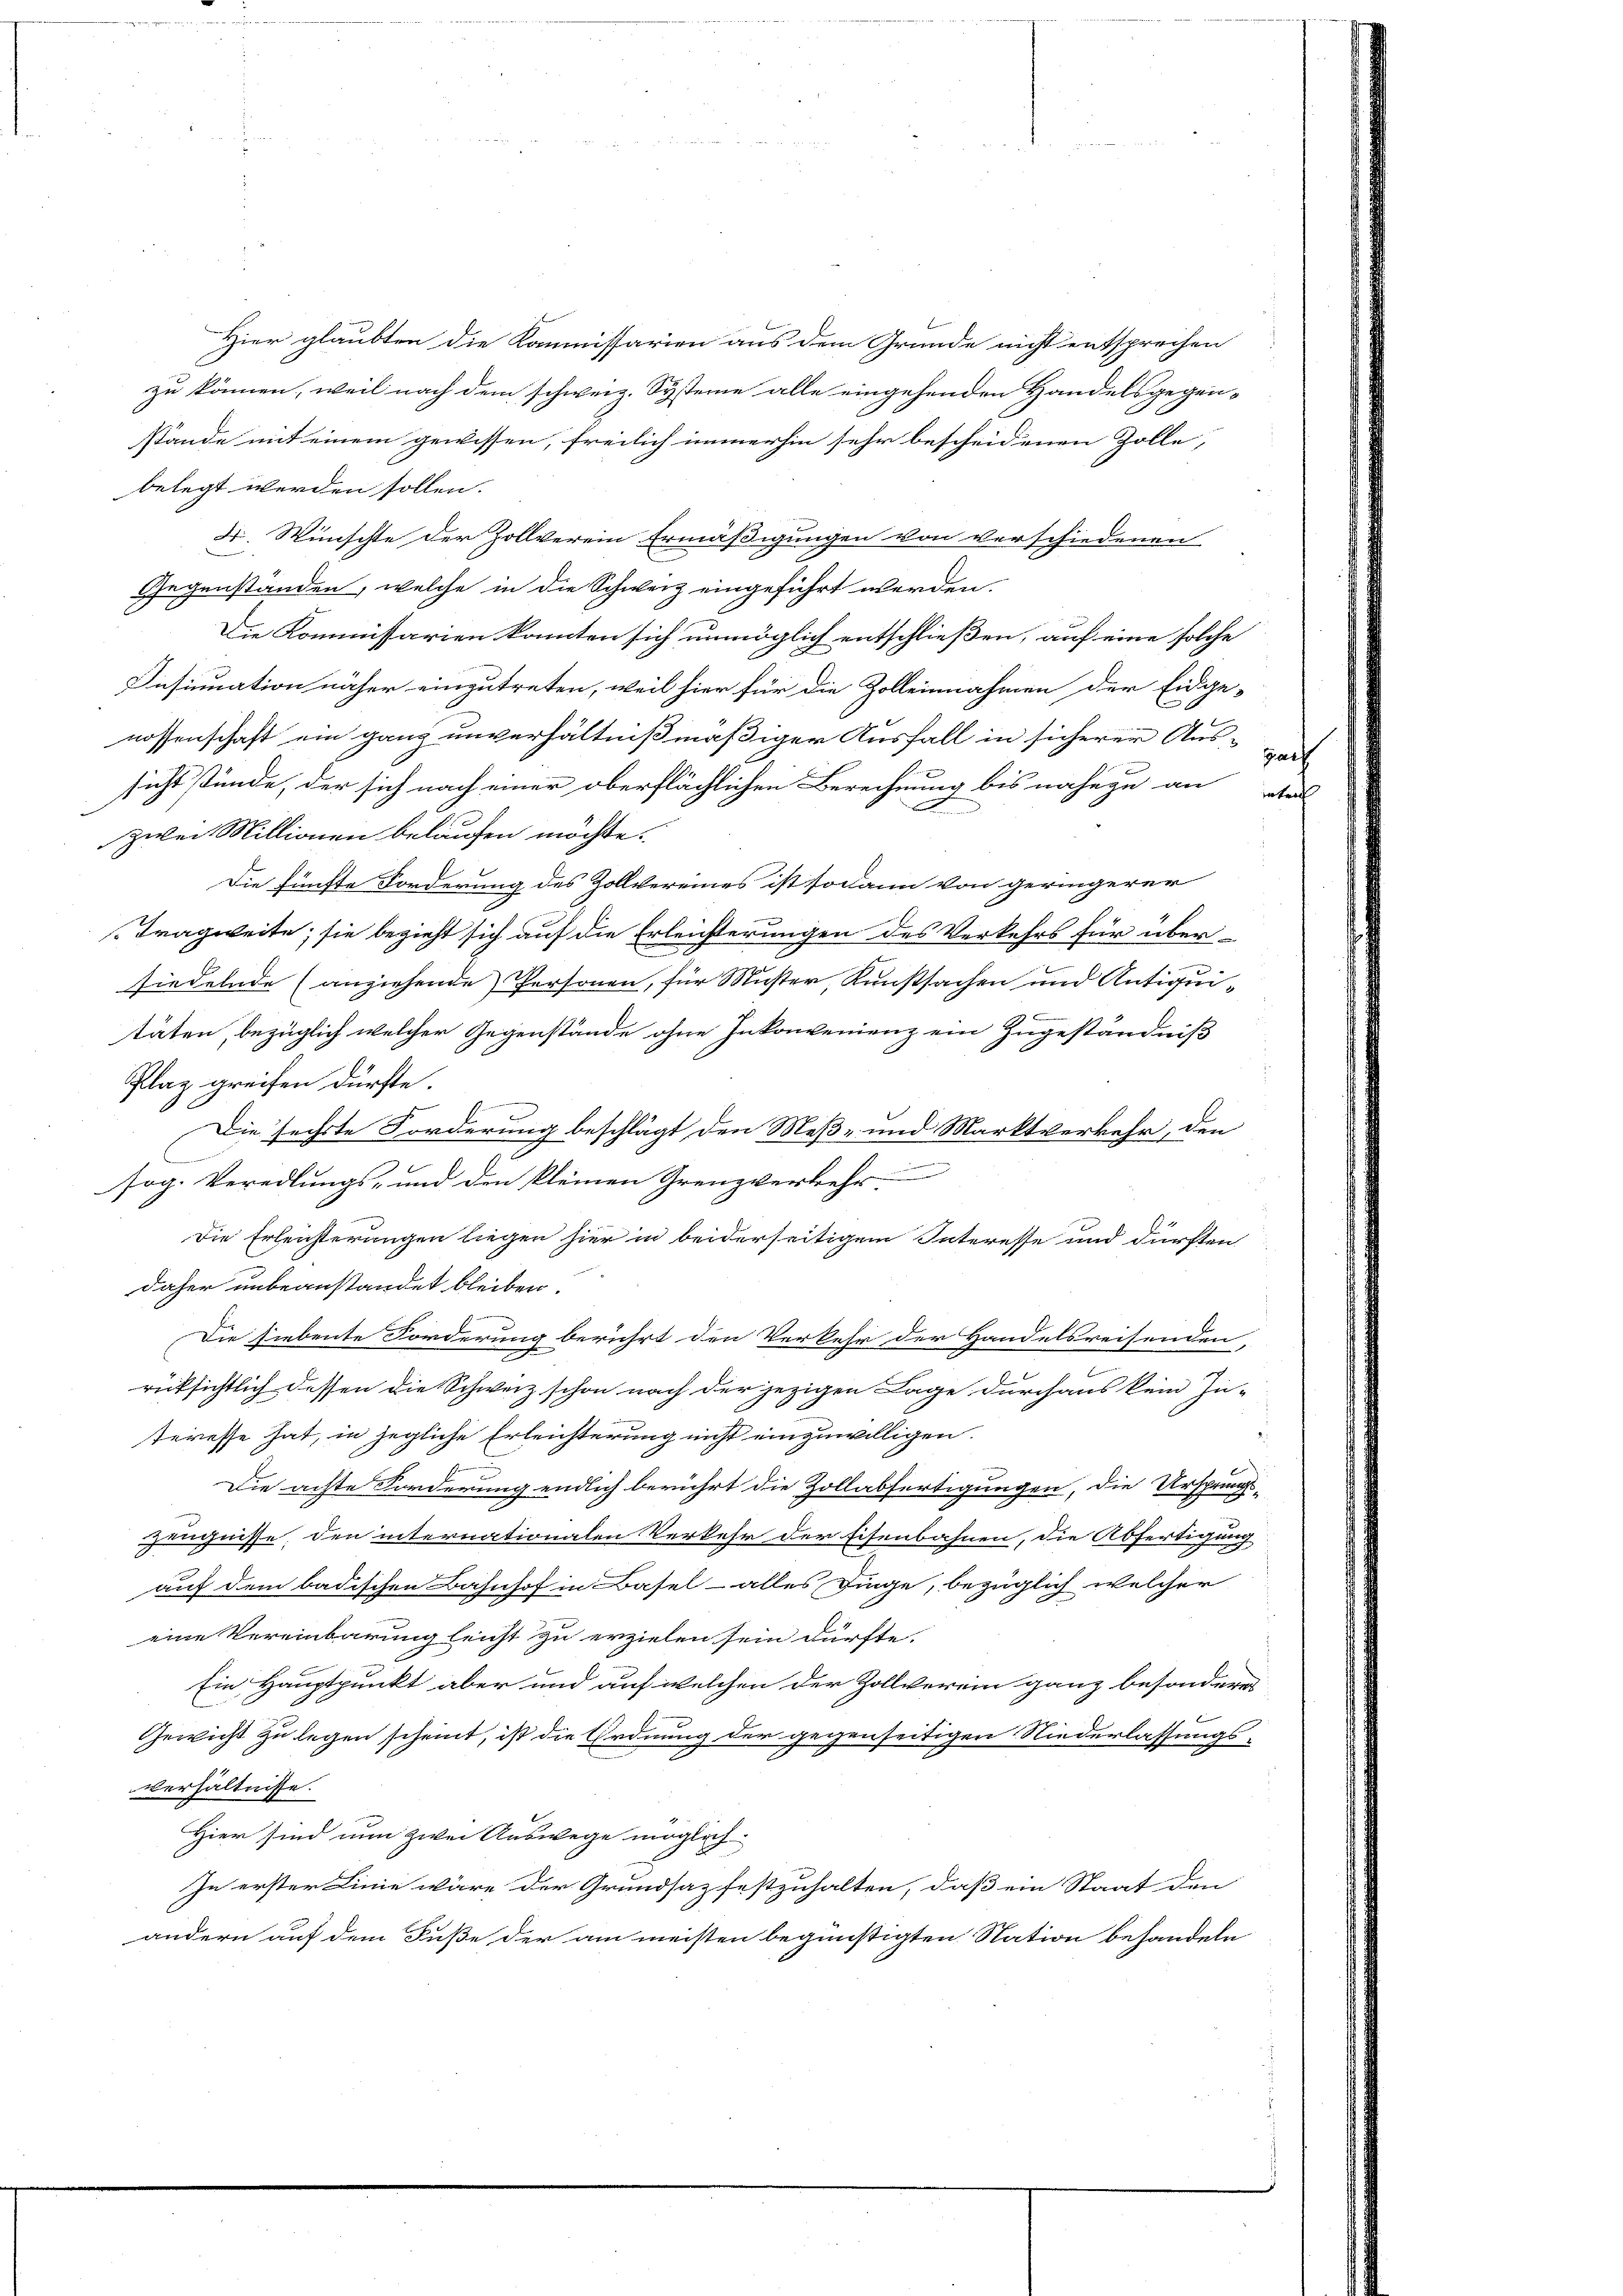
Hier glaubten die Kommissarien aus dem Grunde nicht entsprechen
zu können, weil nach dem schweiz. Systeme alle eingehenden Handelsgegen-
stände mit einem gewissen, freilich immerhin sehr bescheidenen Zolle,
belegt werden sollen.
F. Wünschte der Zollverein Ermäßigungen von verschiedenen
Gegenstanden, welche in die Schweiz eingeführt werden.
Die Kommissarien konnten sich unmöglich entschließen, auf eine solche
Insinuation näher einzutreten, weil hier für die Zolleinnahmen der Eidge-
nossenschaft ein ganz unverhältnißmäßiger Ausfall in sicherer Aussicht stünde, der sich nach einer oberflächlichen Berechnung bis nahege an der
zwei Millionen belaufen möchte.
Die fünfte Forderung des Zollvereines ist sodann von geringerer
Tragweite; sie bezieht sich auf die Erleichterungen des Verkehrs für übersiedelnde (anziehende Personen, für Muster, Kunstsachen und Antiqui-
täten, bezüglich welcher Gegenstände ohne Inkonvenienz ein Zugeständniß
Plaz greifen dürfte.
Die sechste Forderung beschlägt den Meß- und Marktverkehr, den
e
sog. Veredlungs- und den kleinen Grenzverkehr
Die Erleisterungen liegen hier in beiderseitigem Interesse und dürften
daher unbeanstandet bleiben.
Die siebente Forderung berührt den Verkehr der Handelsreisenden,
rücksichtlich dessen die Schweiz schon nach der jezigen Lage durchaus kein Zu-
teresse hat, in jegliche Erleichterung nicht einzuwilligen.
Die achte Forderung endlich berührt die Zollabfertigungen, die Ursprungs-
Zeugnisse, den internationalen Verkehr der Eisenbahnen, die Abfertigung
auf dem badischen Bahnhof in Basel- alles Dinge, bezüglich welcher
eine Vereinbarung leicht zu erzielen sein dürfte.
Ein Hauptpunkt aber und auf welchen der Zollverein ganz besonderes
Gewicht zu legen scheint, ist die Ordnung der gegenseitigen Niederlassungs¬
Verhältnisse.
Hier sind nun zwei Auswege möglich
In erster Linie wäre der Grundsaz festzuhalten, daß ein Staat den
andern auf dem Fuße der am meisten begünstigten Station behandeln

Gat